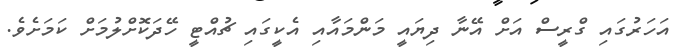
އަހަރުގައި ގްރީސް އަށް އޭނާ ދިޔައީ މަންމައާއި އެކީގައި ޗުއްޓީ ހޭދަކޮށްލުމަށް ކަމަށެވެ.